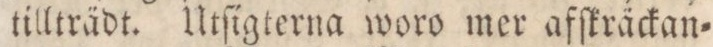
tillträdt. Utſigterna woro mer afſkräckan=